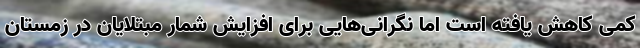
کمی کاهش یافته است اما نگرانی‌هایی برای افزایش شمار مبتلایان در زمستان